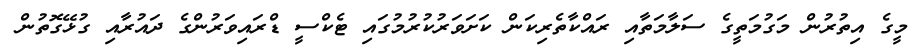
މީގެ އިތުރުން މަގުމަތީގެ ސަލާމަތާއި ރައްކާތެރިކަން ކަށަވަރުކުރުމުގައި ޓެކްސީ ޑްރައިވަރުންގެ ދައުރާއި ގުޅޭގޮތުން